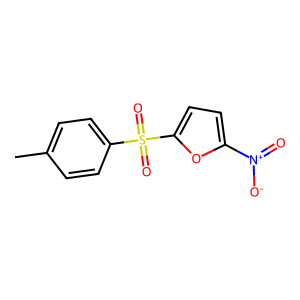
SMILES: Cc1ccc(S(=O)(=O)c2ccc([N+](=O)[O-])o2)cc1
Inhibits HIV replication: No